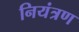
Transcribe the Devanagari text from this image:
नियंत्रण